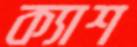
ক্যাশ